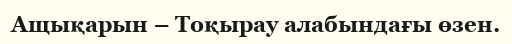
Ащықарын – Тоқырау алабындағы өзен.